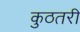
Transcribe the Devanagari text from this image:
कुठतरी